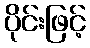
ပိုင်းဖြင့်